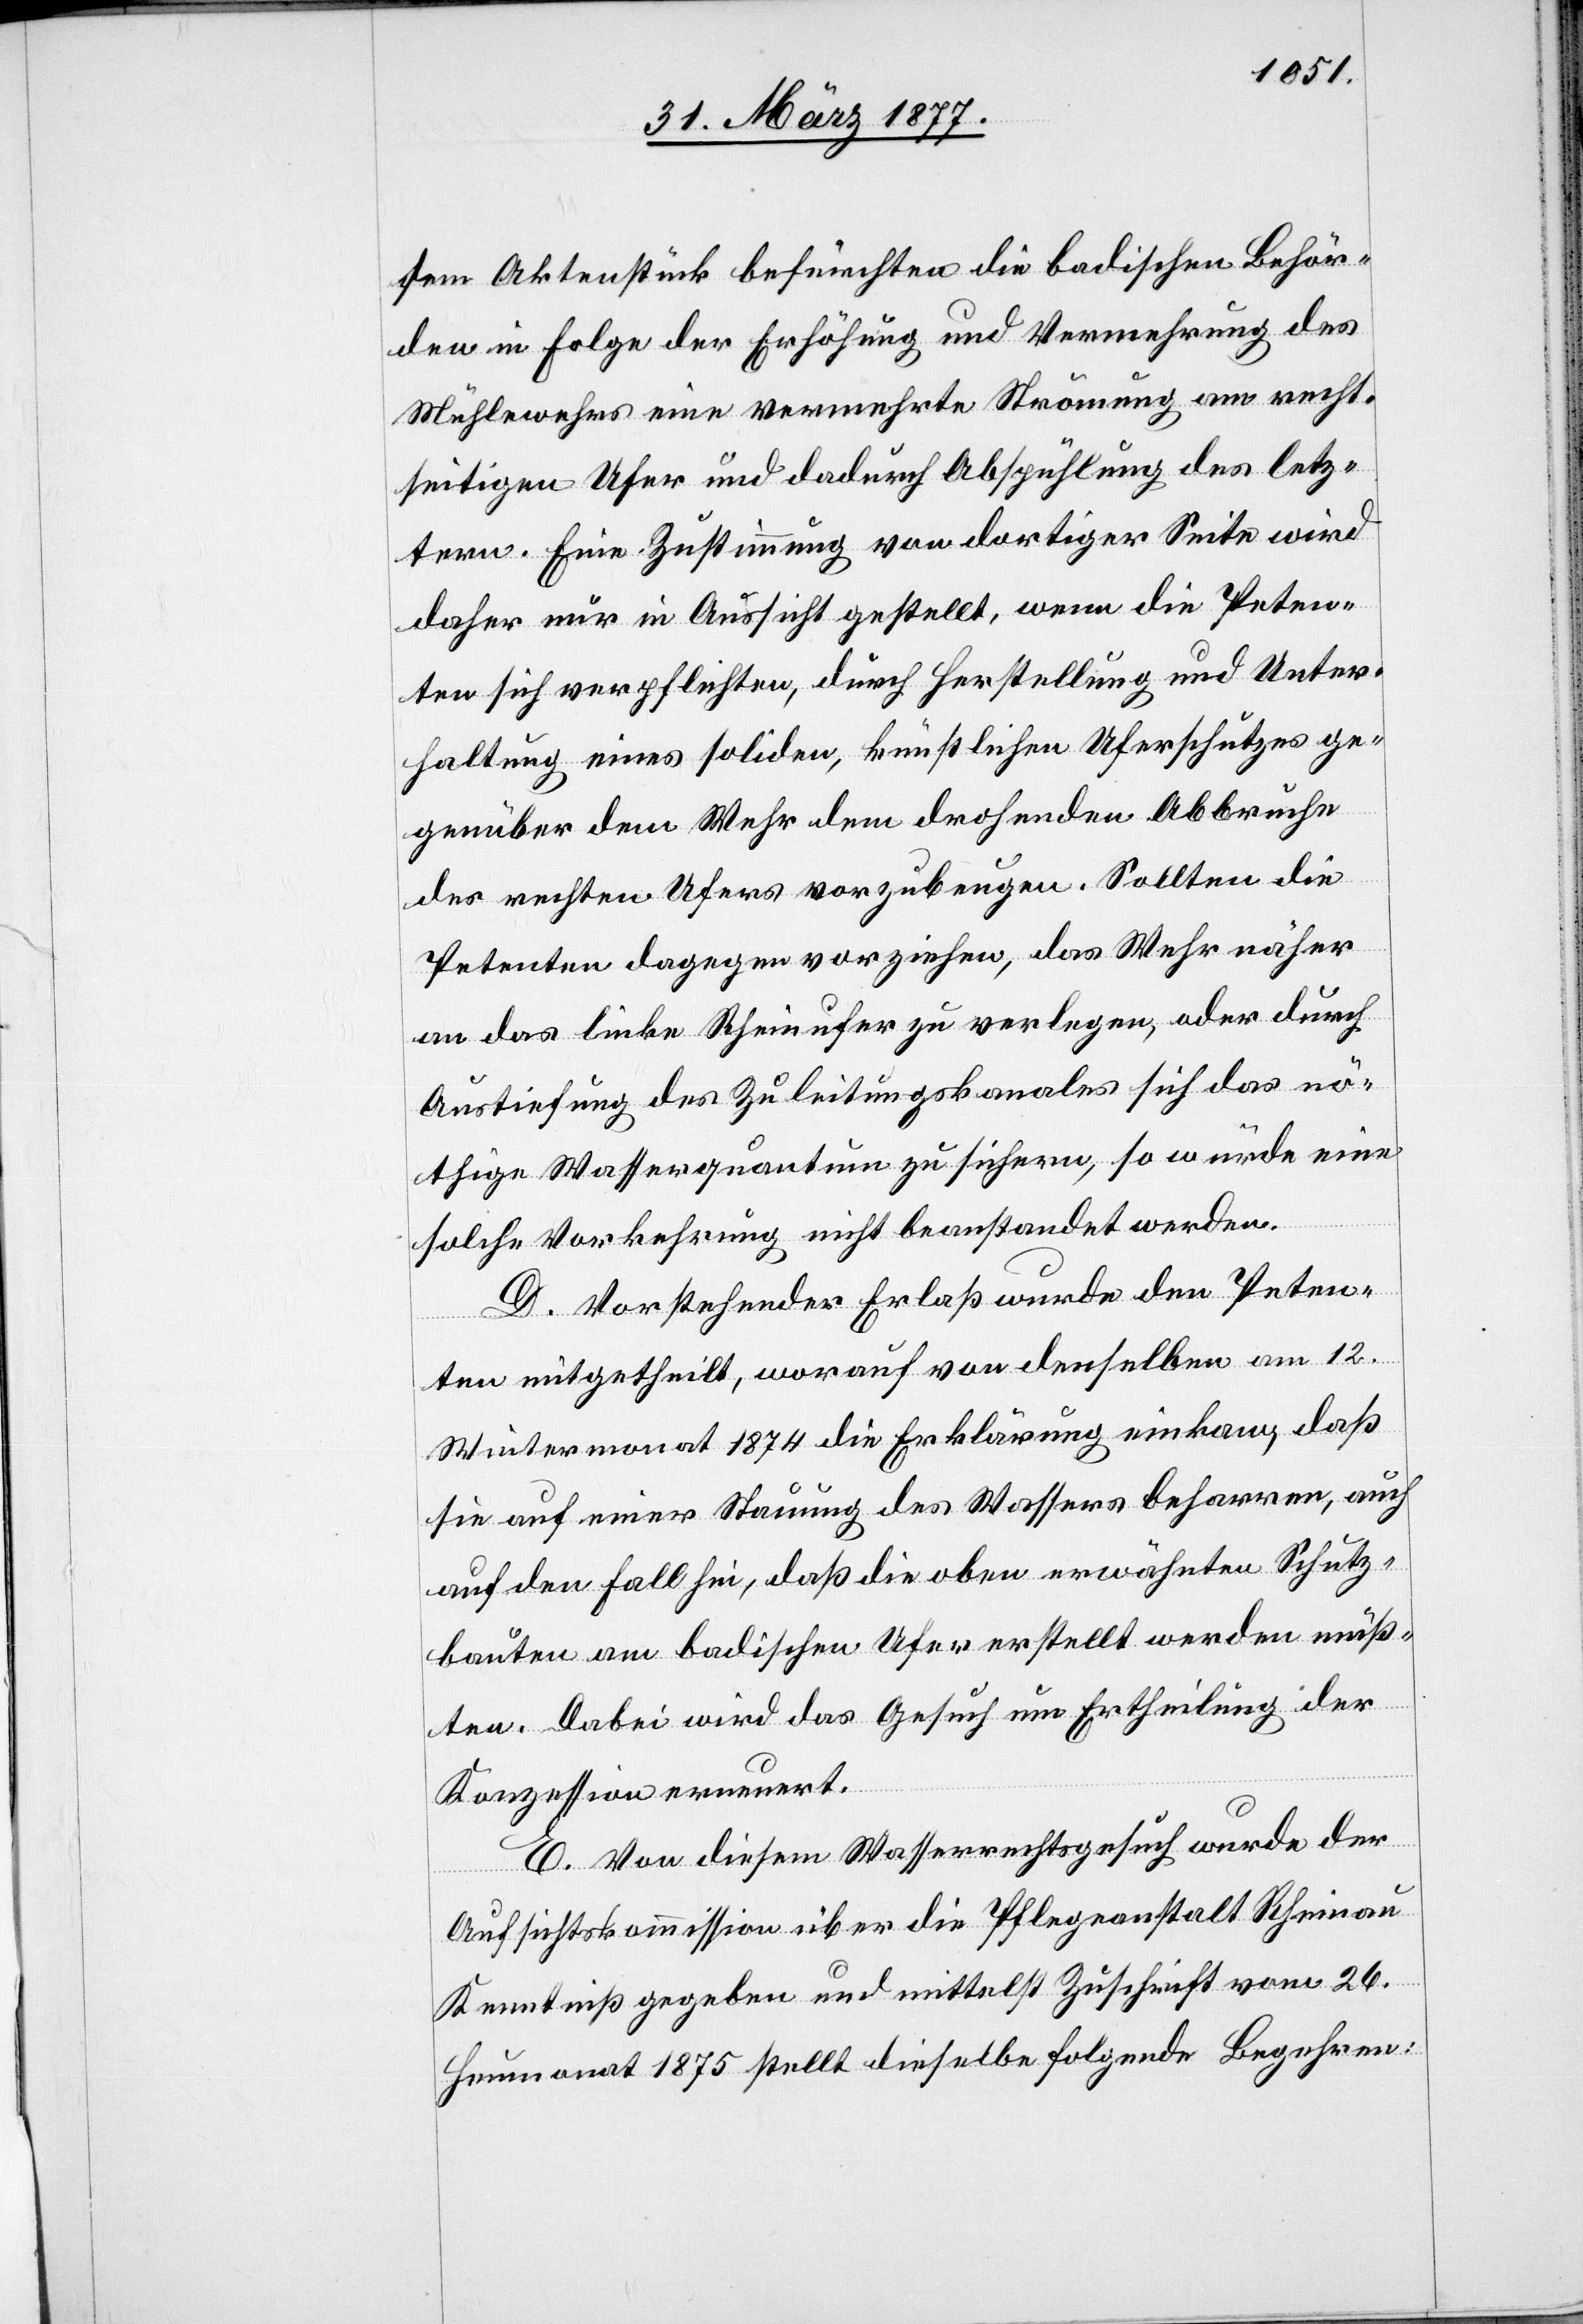
sem Aktenstück befürchten die badischen Behör¬
den in Folge der Erhöhung und Vermehrung des
Mühlewassers eine vermehrte Strömung am recht¬
seitigen Ufer und dadurch Abspühlung des letz¬
tern. Eine Zustimmung von dortiger Seite wird
daher nur in Aussicht gestellt, wenn die Peten¬
ten sich verpflichten, durch Herstellung und Unter¬
haltung eines soliden, künstlichen Uferschutzes ge¬
genüber dem Wuhr dem drohenden Abbruch
des rechten Ufers vorzubeugen. Sollten die
Petenten dagegen vorziehen, das Wuhr näher
an das linke Rheinufer zu verlegen, oder durch
Austiefung des Zuleitungskanales sich das nö¬
thige Wasserquantum zu sichern, so würde eine
solche Vorkehrung nicht beanstandet werden.
D. Vorstehender Erlaß wurde den Peten¬
ten mitgetheilt, worauf von denselben am 12.
Wintermonat 1874 die Erklärung einkam, daß
sie auf einer Stauung des Wassers beharren, auch
auf den Fall hin, daß die oben erwähnten Schutz¬
bauten am badischen Ufer erstellt werden müß¬
ten. Dabei wird das Gesuch um Ertheilung der
Konzession erneuert.
E. Von diesem Wasserrechtsgesuch wurde der
Aufsichtskommission über die Pflegeanstalt Rheinau
Kenntniß gegeben und mittelst Zuschrift vom 26.
Heumonat 1875 stellt dieselbe folgende Begehren: